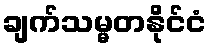
ချက်သမ္မတနိုင်ငံ